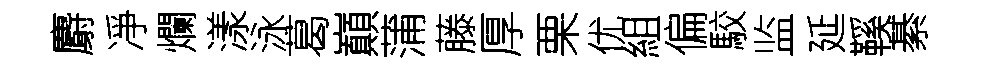
麝凈爛漾泳葛巔蒲藤厚栗优組偏駮监延鞵綦